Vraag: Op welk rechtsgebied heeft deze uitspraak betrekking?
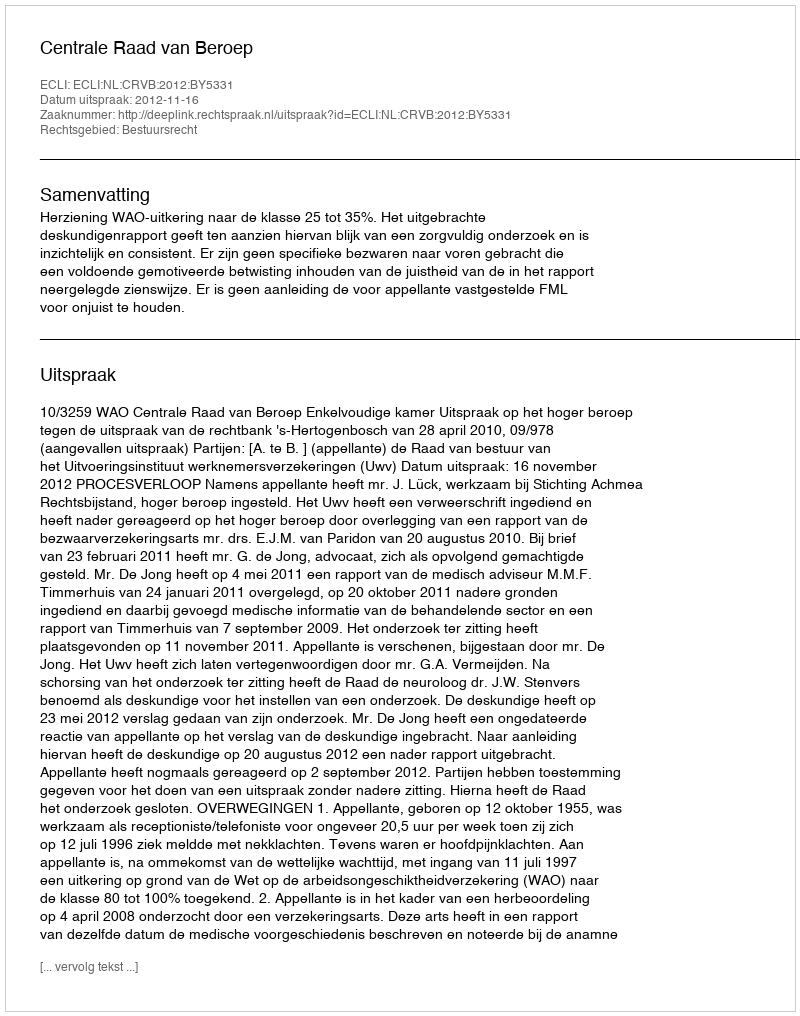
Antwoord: Bestuursrecht